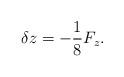
LaTeX: \begin{align*}\delta z = - \frac{1}{8}{F_z}.\end{align*}